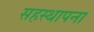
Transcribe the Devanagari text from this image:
सहस्थापना